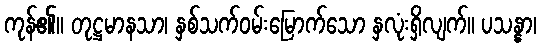
ကုန်၏။ တုဋ္ဌမာနသာ၊ နှစ်သက်ဝမ်းမြောက်သော နှလုံးရှိလျက်။ ပသန္နာ၊